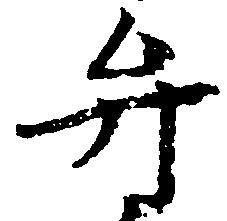
弁